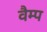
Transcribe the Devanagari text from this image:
वैम्प